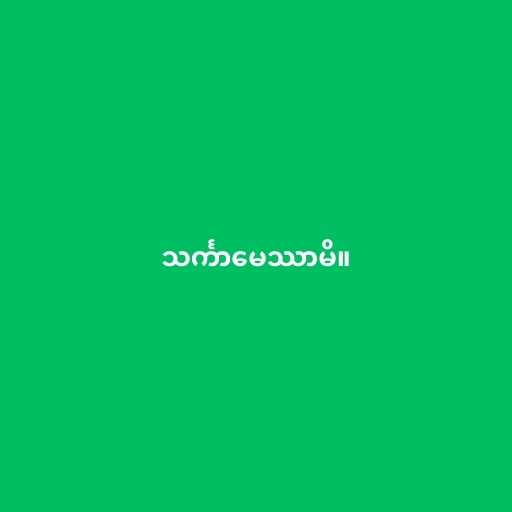
သင်္ကာမေဿာမိ။